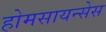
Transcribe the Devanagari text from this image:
होमसायन्सेस